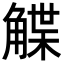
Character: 䚢